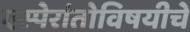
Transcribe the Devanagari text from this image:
एस्पेरांतोविषयीचे